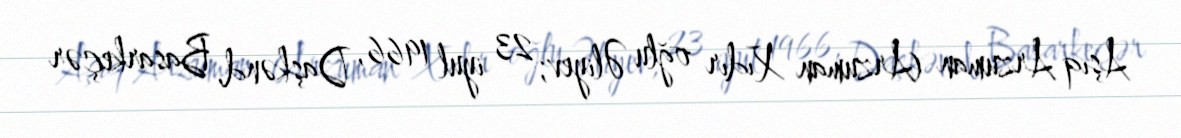
Aşıq Arzuman (Arzuman Xıdır oğlu Əliyev; 23 iyul 1966, Daşkənd, Basarkeçər